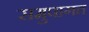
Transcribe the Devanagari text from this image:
समुपागत